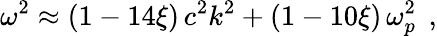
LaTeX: \omega^{2}\approx\left(1-14\xi\right)\, c^{2}k^{2}+\left(1-10\xi\right)\, \omega_{p}^{2}\; \, ,